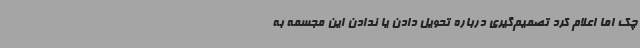
چک اما اعلام کرد تصمیم‌گیری درباره تحویل دادن یا ندادن این مجسمه به